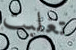
تغلبت